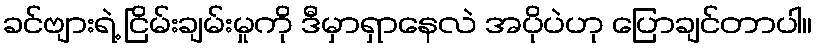
ခင်ဗျားရဲ့ ငြိမ်းချမ်းမှုကို ဒီမှာရှာနေလဲ အပိုပဲဟု ပြောချင်တာပါ။